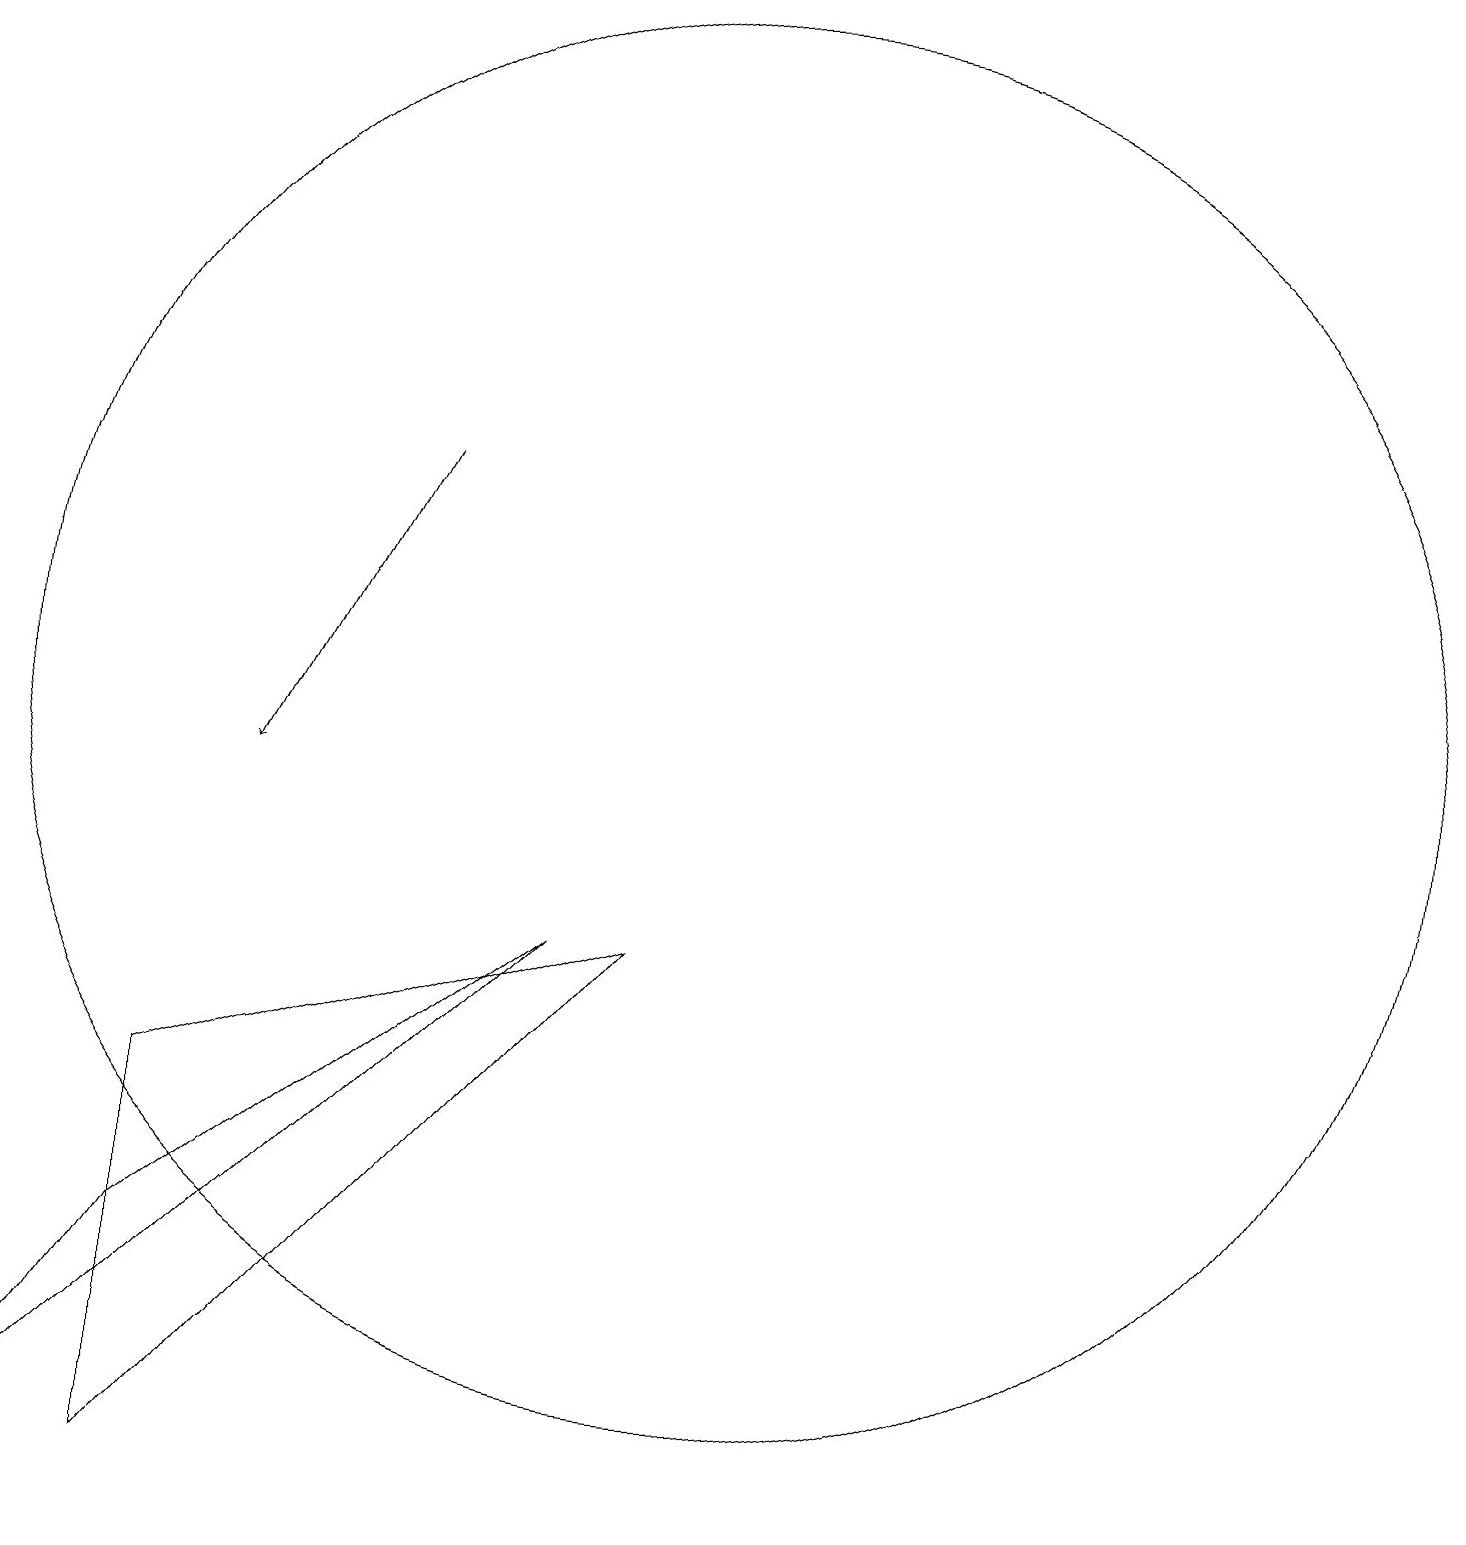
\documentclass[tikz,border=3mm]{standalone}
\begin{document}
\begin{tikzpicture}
\draw (9,9) -- (3,7) -- (3,2) -- cycle;
\draw[->] (6,15) -- (4,11);
\draw (1,2) -- (3,5) -- (8,9) -- cycle;
\draw (10,12) circle (9);
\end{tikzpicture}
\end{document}